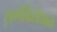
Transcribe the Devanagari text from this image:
राणेंविरोधात